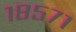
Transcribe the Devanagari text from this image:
१८५७१